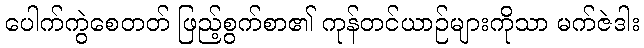
ပေါက်ကွဲစေတတ် ဖြည့်စွက်စာ၏ ကုန်တင်ယာဉ်များကိုသာ မက်ဇဲဒါး